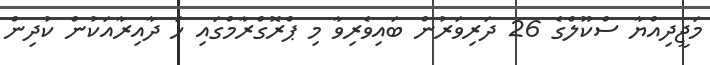
މަޖީދިއްޔާ ސްކޫލްގެ 26 ދަރިވަރުން ބައިވެރިވާ މި ޕްރޮގްރާމްގައި ހަ ދާއިރާއަކުން ކުދިން